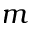
m